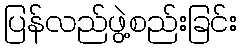
ပြန်လည်ဖွဲ့စည်းခြင်း